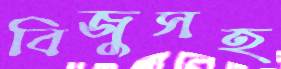
বিজুসহ